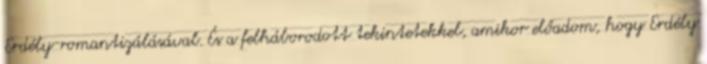
Erdély-romantizálásával. És a felháborodott tekintetekkel, amikor előadom, hogy Erdély